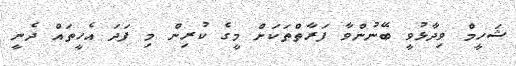
ޝަހީމް ވިދާޅުވީ ބޭނުންވާ ފަރާތްތަކަށް މީގެ ކުރިން މި ފަދަ އެހީތައް ދެނީ